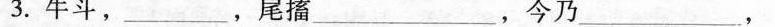
3.牛斗，___，尾搐___，今乃___，